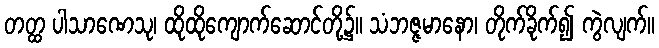
တတ္ထ ပါသာဏေသု၊ ထိုထိုကျောက်ဆောင်တို့၌။ သံဘဇ္ဇမာနော၊ တိုက်ခိုက်၍ ကွဲလျက်။